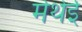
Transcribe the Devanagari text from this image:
मेथेई